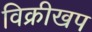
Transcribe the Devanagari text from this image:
विक्रीखप